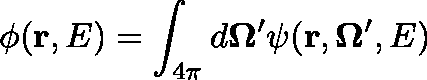
\phi ( \mathbf { r } , E ) = \int _ { 4 \pi } d \mathbf { \Omega } ^ { \prime } \psi ( \mathbf { r } , \mathbf { \Omega } ^ { \prime } , E )